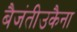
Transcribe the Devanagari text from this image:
बैजंतीउकैना